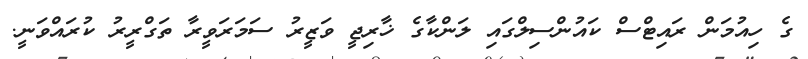
ގެ ހިއުމަން ރައިޓްސް ކައުންސިލްގައި ލަންކާގެ ޚާރިޖީ ވަޒީރު ސަމަރަވީރާ ތަގްރީރު ކުރައްވަނީ.